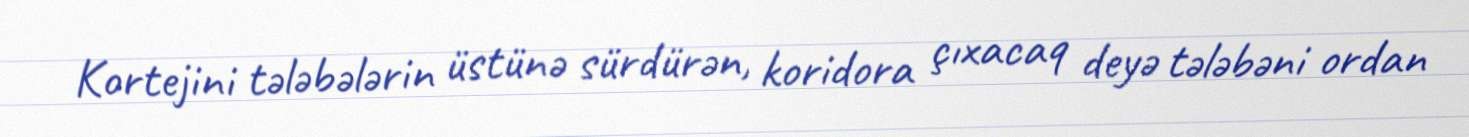
Kortejini tələbələrin üstünə sürdürən, koridora çıxacaq deyə tələbəni ordan